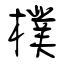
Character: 樸